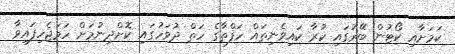
ކަމަށާއި ކޯޓުން ބޭރުގައި ކުރާ ކައިވެނިތައް ހަފްތާގެ ހަތް ދުވަހުގައި ކޮށްދިނުމަށް ހަމަޖެހިފައިވާ